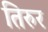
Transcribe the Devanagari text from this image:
तिरुर